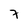
Character: 3